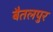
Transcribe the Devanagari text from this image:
बैतलपुर